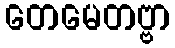
တေမေတဗ္ဗာ